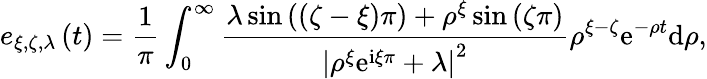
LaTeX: e_{\xi,\zeta,\lambda}\left(t\right)=\frac{1}{\pi}\int_{0}^{\infty}\frac{\lambda\sin\left(\left(\zeta-\xi\right)\pi\right)+\rho^{\xi}\sin\left(\zeta\pi\right)}{\left\vert\rho^{\xi}\mathrm{e}^{\mathrm{i}\xi\pi}+\lambda\right\vert^{2}}\rho^{\xi-\zeta}\mathrm{e}^{-\rho t}\mathrm{d}\rho,